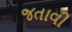
જતાવી